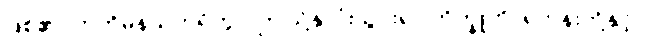
ဖြစ်၏။ ဣတိမနသိကရိတွာ၊ ဤသို့နှလုံးသွင်း၍။ ဘိက္ခူဟိ၊ ရဟန်းတို့နှင့်။